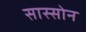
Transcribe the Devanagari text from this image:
सास्सोन